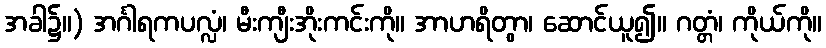
အခါ၌။) အင်္ဂါရကပလ္လံ၊ မီးကျီးအိုးကင်းကို။ အာဟရိတွာ၊ ဆောင်ယူ၍။ ဂတ္တံ၊ ကိုယ်ကို။